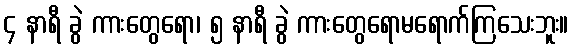
၄ နာရီ ခွဲ ကားတွေရော၊ ၅ နာရီ ခွဲ ကားတွေရောမရောက်ကြသေးဘူး။